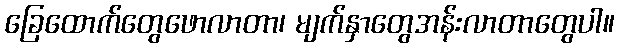
ခြေထောက်တွေဖောလာတာ၊ မျက်နှာတွေအန်းလာတာတွေပါ။